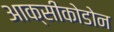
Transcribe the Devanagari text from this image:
आक्सीकोडोन